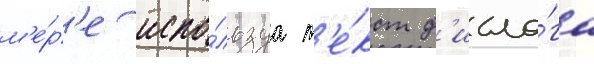
м'е́р'е испо́льзуа т'е́кст д'иало́га